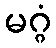
မဂ္ဂံ